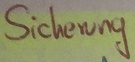
Text: Sicherung